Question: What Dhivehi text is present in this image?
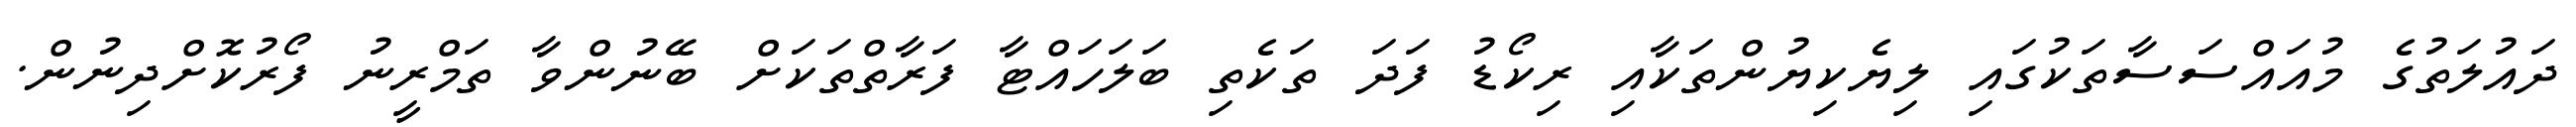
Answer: ދައުލަތުގެ މުއައްސަސާތަކުގައި ލިޔެކިޔުންތަކާއި ރިކޯޑު ފަދަ ތަކެތި ބަލަހައްޓާ ފަރާތްތަކަށް ބޭނުންވާ ތަމްރީނު ފޯރުކޮށްދިނުން.